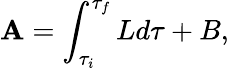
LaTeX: \mathbf{A}=\int_{\tau_{i}}^{\tau_{f}}Ld\tau+B,